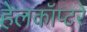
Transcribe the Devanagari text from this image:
हेलकॉप्टरे